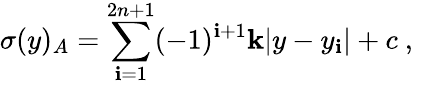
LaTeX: \sigma(y)_{A}=\sum_{\mathbf{i}=1}^{2n+1}(-1)^{\mathbf{i}+1}\mathbf{k}|y-y_{\mathbf{i}}|+c~,~\,